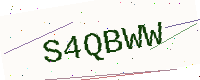
Text: S4QBWW